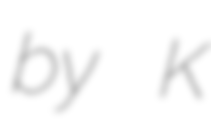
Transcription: by K